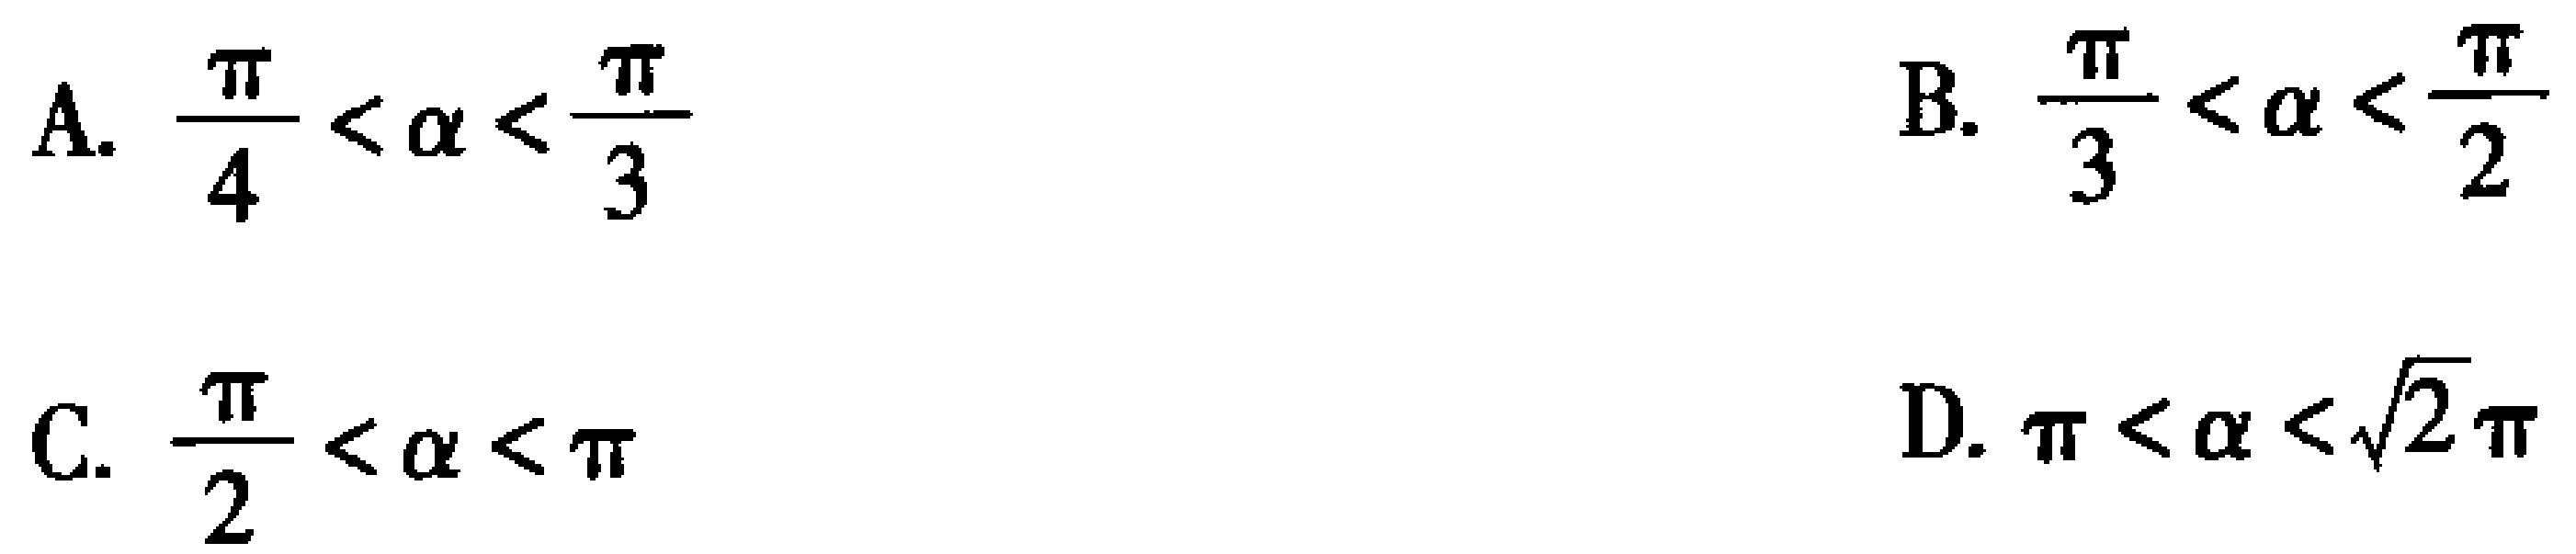
A. \(\frac{\pi}{4}<\alpha<\frac{\pi}{3}\)
B. \(\frac{\pi}{3}<\alpha<\frac{\pi}{2}\)
C. \(\frac{\pi}{2}<\alpha<\pi\)
D. \(\pi<\alpha<\sqrt{2}\pi\)